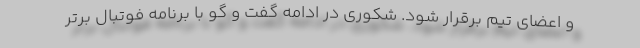
و اعضای تیم برقرار شود. شکوری در ادامه گفت و گو با برنامه فوتبال برتر